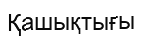
Қашықтығы